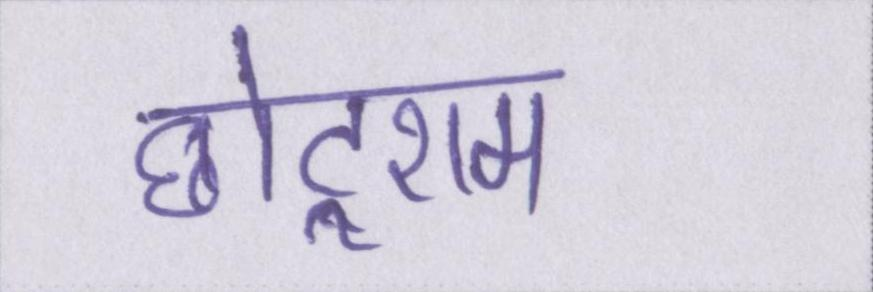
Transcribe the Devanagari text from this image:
छोटूराम